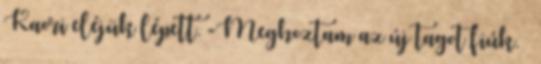
Kaori eléjük lépett. -Meghoztam az új tagot fiúk. –